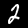
Digit: 2